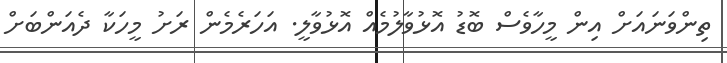
ތިންވަނައަށް އިން މީހާވެސް ބޮޑު އޮޅުވާލުމެއް އޮޅުވާލީ. އަހަރެމެން ރަށު މީހަކާ ދެއަންބަށް